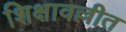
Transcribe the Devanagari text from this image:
शिक्षावल्लीत